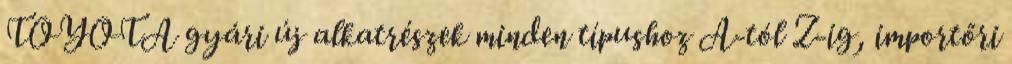
TOYOTA gyári új alkatrészek minden típushoz A-tól Z-ig, importőri